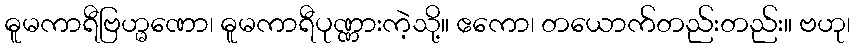
ဓူမကာရီဗြဟ္မဏော၊ ဓူမကာရီပုဏ္ဏားကဲ့သို့။ ဧကော၊ တယောက်တည်းတည်း။ ဗဟု၊